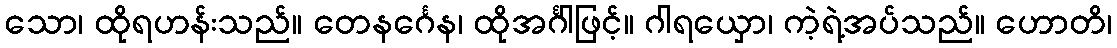
သော၊ ထိုရဟန်းသည်။ တေနင်္ဂေန၊ ထိုအင်္ဂါဖြင့်။ ဂါရယှော၊ ကဲ့ရဲ့အပ်သည်။ ဟောတိ၊